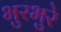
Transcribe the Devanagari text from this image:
भुरभुरे